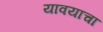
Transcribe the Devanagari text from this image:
यावयाचा